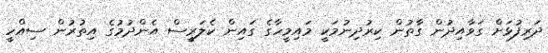
ދަރިފުޅަށް ގަވާއިދުން ގާތުން ކިރުދިިނުމަކީ މައިމީހާގެ ގައިން ކެލަރީސް އެންދުމުގެ އިތުރުން ސިއްހީ